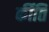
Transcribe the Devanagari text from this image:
र्कीति